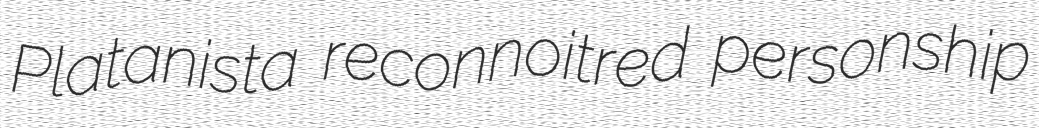
Platanista reconnoitred personship